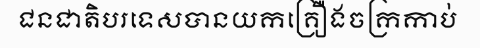
ជនជាតិបរទេសបានយកគ្រឿងចក្រកាប់